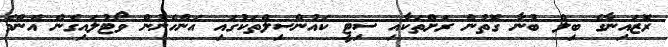
ރޮޒައިނާގެ ބިލް ބުނާ ގޮތުން ރަށްތަކާއި ސިޓީ ކައުންސިލްތަކުގައި އަންހެނުން ވޯޓުލައިގެން އެންމެ